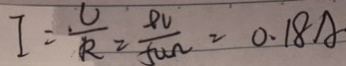
I = \frac { U } { R } = \frac { 9 V } { 5 0 \Omega } = 0 . 1 8 A